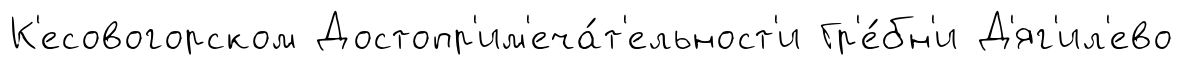
К'есовогорском Достопр'им'еча́т'ельност'и Гр'е́бн'и Д'яг'ил'ево